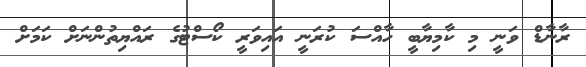
ރާނާޑް ވަނީ މި ކާމިޔާބީ ހާއްސަ ކުރަނީ އައިވަރީ ކޯސްޓުގެ ރައްޔިތުންނަަށް ކަމަށް